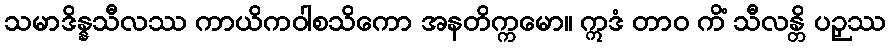
သမာဒိန္နသီလဿ ကာယိကဝါစသိကော အနတိက္ကမော။ ဣဒံ တာဝ ကိံ သီလန္တိ ပဉှဿ